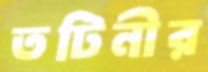
তটিনীর